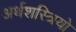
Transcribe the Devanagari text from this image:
अर्थशस्त्रियो